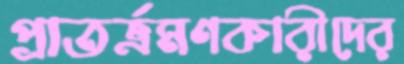
প্রাতর্ভ্রমণকারীদের